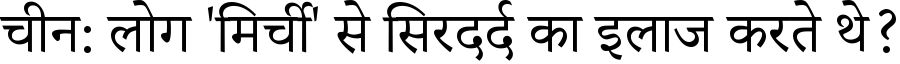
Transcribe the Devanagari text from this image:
चीन: लोग 'मिर्ची' से सिरदर्द का इलाज करते थे?